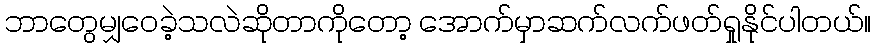
ဘာတွေမျှဝေခဲ့သလဲဆိုတာကိုတော့ အောက်မှာဆက်လက်ဖတ်ရှုနိုင်ပါတယ်။